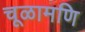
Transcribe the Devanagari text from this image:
चूळामणि